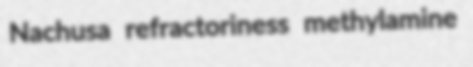
Nachusa refractoriness methylamine